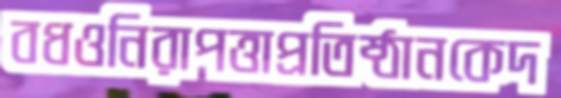
বধওনিরাপত্তাপ্রতিষ্ঠানকেদ